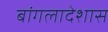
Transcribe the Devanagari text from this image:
बांगलादेशास